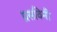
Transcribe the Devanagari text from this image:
प्रसविनी